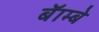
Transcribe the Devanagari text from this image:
बॅाम्बे